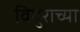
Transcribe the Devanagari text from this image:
विदुराच्या